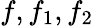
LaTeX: f,f_{1},f_{2}